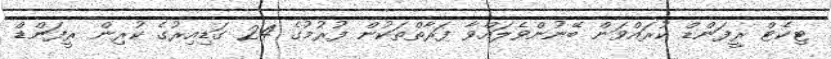
ޓިކެޓް ރީފަންޑް ކުރައްވަން ބޭނުންވެލައްވާ ފަރާތްތަކުން ފުރުމުގެ 24 ގަޑިއިރުގެ ކުރިން ރީފަންޑް